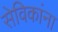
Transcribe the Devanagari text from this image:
सेविकांना